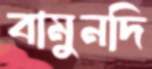
বামুনদি